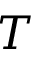
T